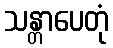
သန္တာပေတုံ